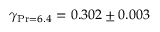
\gamma _ { \operatorname* { P r } = 6 . 4 } = 0 . 3 0 2 \pm 0 . 0 0 3